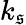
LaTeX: k_{\mathfrak{s}}